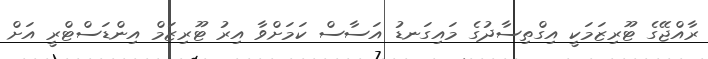
ރާއްޖޭގެ ޓޫރިޒަމަކީ އިގްތިސާދުގެ މައިގަނޑު އަސާސް ކަމަށްވާ އިރު ޓޫރިޒަމް އިންޑަސްޓްރީ އަށް